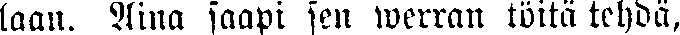
taan. Aina saapi sen werran töitä tehdä,